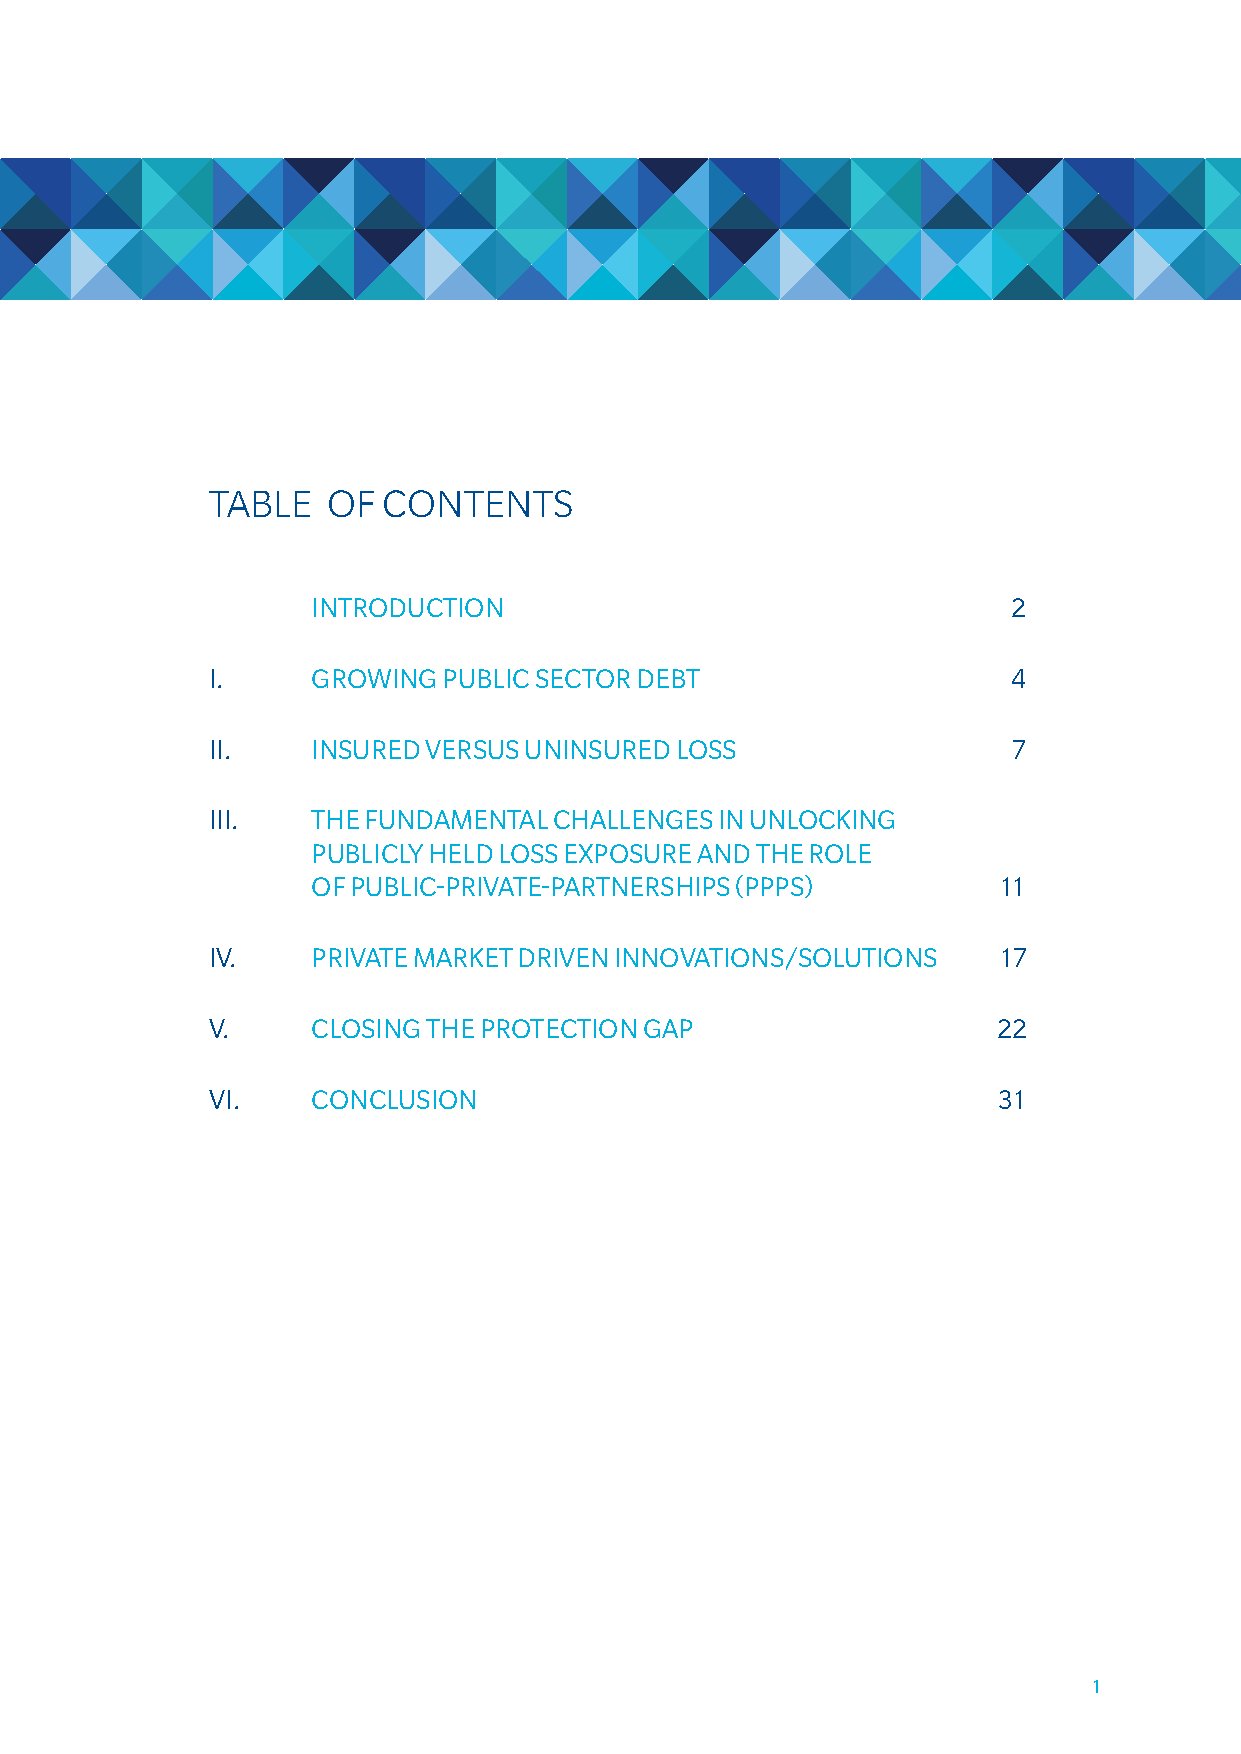
table   oF contents
 INTRODUCTION                                  2
 I.     GROwING PUBLIC SECTOR DEBT                    4
 II.    INSURED VERSUS UNINSURED LOSS                 7
 III.   ThE FUNDamENTaL ChaLLENGES IN UNLOCKING
 PUBLICLy hELD LOSS ExPOSURE aND ThE ROLE
 OF PUBLIC-PRIVaTE-PaRTNERShIPS (PPPS)        11
 IV.    PRIVaTE maRKET DRIVEN INNOVaTIONS/SOLUTIONS  17
 V.     CLOSING ThE PROTECTION GaP                   22
 VI.    CONCLUSION                                   31
 1